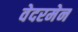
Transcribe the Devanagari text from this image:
वेदरमेन